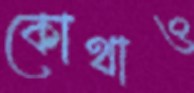
কোথাও